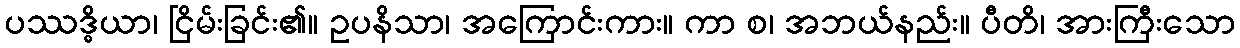
ပဿဒ္ဓိယာ၊ ငြိမ်းခြင်း၏။ ဥပနိသာ၊ အကြောင်းကား။ ကာ စ၊ အဘယ်နည်း။ ပီတိ၊ အားကြီးသော